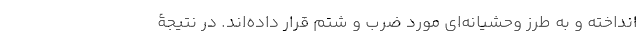
انداخته و به طرز وحشیانه‌ای مورد ضرب و شتم قرار داده‌اند. در نتیجۀ